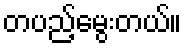
တပည့်မွေးတယ်။